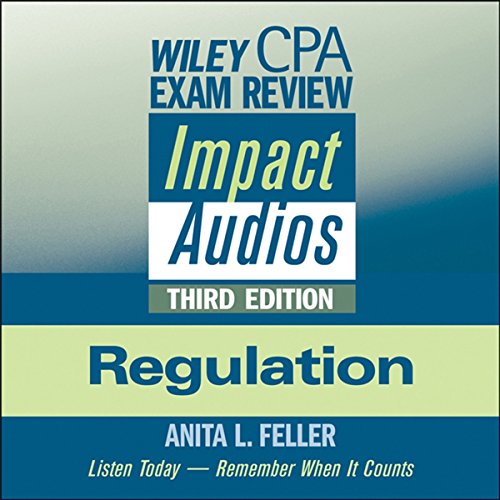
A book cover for Wiley CPA Exam Review Impact Audios: Regulation, 3rd Edition; Anita L. Feller; Test Preparation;